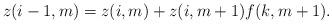
LaTeX: \begin{align*} z(i-1,m)=z(i,m)+z(i,m+1)f(k,m+1).\end{align*}